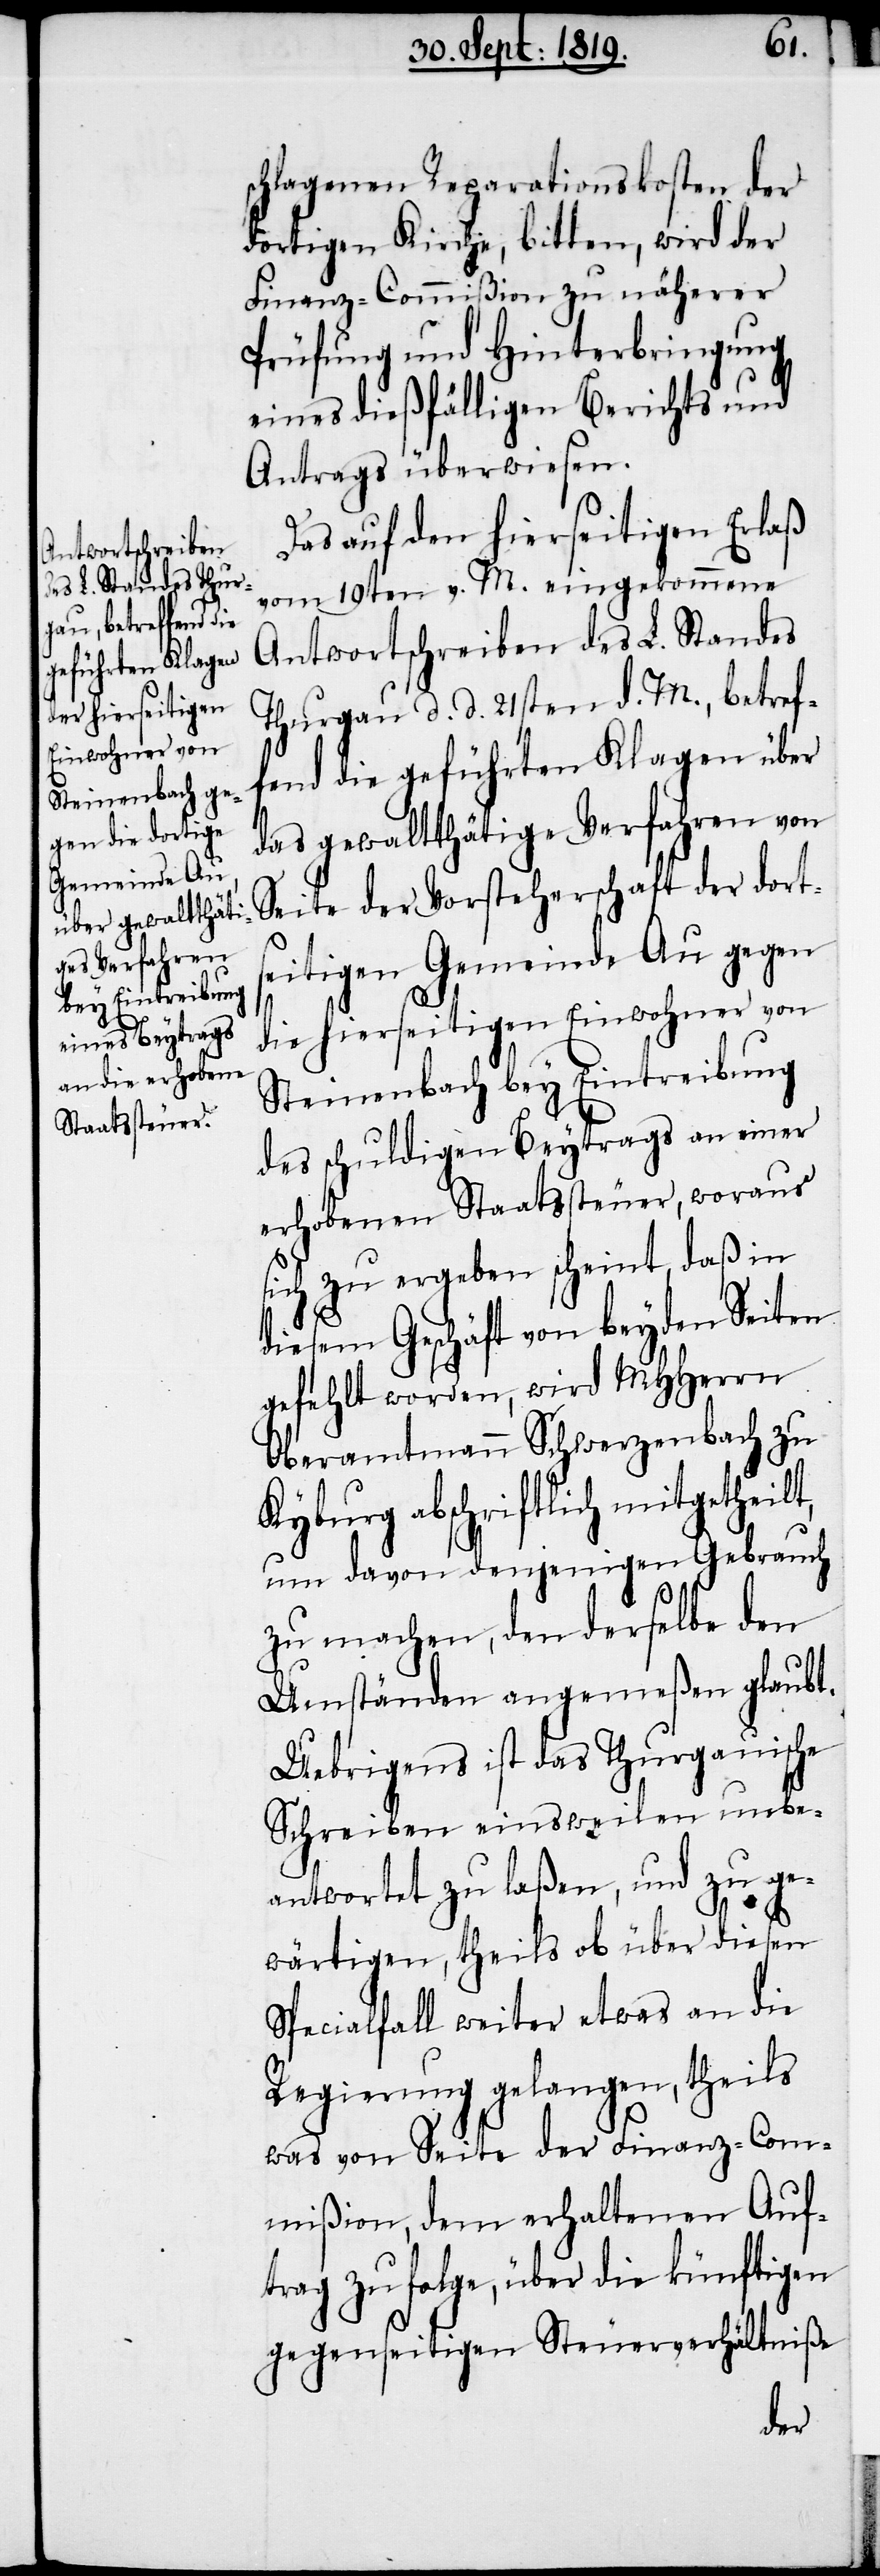
schlagenen Reparationskosten der
dortigen Kirche, bitten, wird der
Finanz-Commißion zu näherer
Prüfung und Hinterbringung
eines dießfälligen Berichts und
Antrags überwiesen.
Das auf den hierseitigen Erlaß
vom 19ten v. M. eingekommene
Antwortschreiben des L. Standes
Thurgau d. d. 21sten d. M., betref¬
fend die geführten Klagen über
das gewaltthätige Verfahren von
Seite der Vorsteherschaft der dorts¬
eitigen Gemeinde Au gegen
die hierseitigen Einwohner von
Steinenbach bey Eintreibung
des schuldigen Beytrags an einer
erhobenen Staatssteuer, woraus
sich zu ergeben scheint, daß in
diesem Geschäft von beyden Seiten
gefehlt worden, wird MHHerrn
Oberamtmann Schwerzenbach zu
Kyburg abschriftlich mitgetheilt,
um davon denjenigen Gebrauch
zu machen, den derselbe den
Umständen angemeßen glaubt.
Uebrigens ist das Thurgauische
Schreiben einsweilen unbe¬
antwortet zu laßen, und zu ge¬
wärtigen, theils ob über diesen
Specialfall weiter etwas an die
Regierung gelangen, theils
was von Seite der Finanz-Com¬
mißion, dem erhaltenen Auf¬
trag zufolge, über die künftigen
gegenseitigen Steuerverhältniße